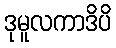
ဒုမူလကာဒိပိ